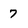
Character: 7